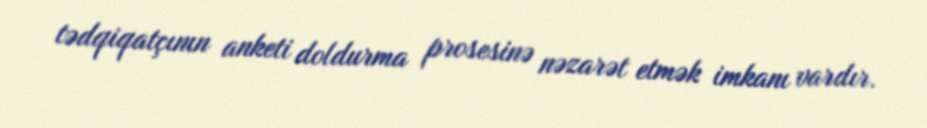
tədqiqatçının anketi doldurma prosesinə nəzarət etmək imkanı vardır.